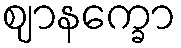
ဈာနက္ခော